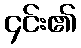
၄င်း၏